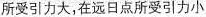
所受引力大，在远日点所受引力小